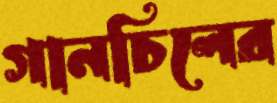
গানচিলের